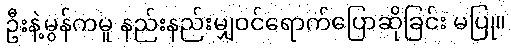
ဦးနဲ့မွန်ကမူ နည်းနည်းမျှဝင်ရောက်ပြောဆိုခြင်း မပြု။